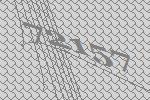
72157